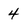
Character: 4